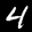
Label: 4